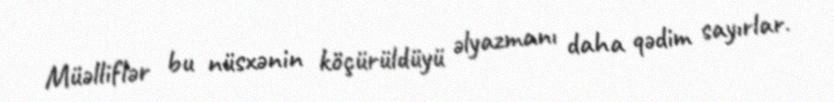
Müəlliflər bu nüsxənin köçürüldüyü əlyazmanı daha qədim sayırlar.